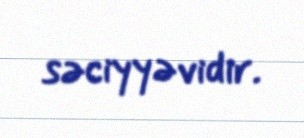
səciyyəvidir.